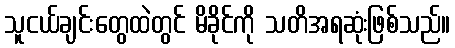
သူငယ်ချင်းတွေထဲတွင် မိခိုင်ကို သတိအရဆုံးဖြစ်သည်။